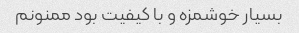
بسیار خوشمزه و با کیفیت بود ممنونم